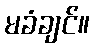
မခံချင်။